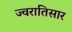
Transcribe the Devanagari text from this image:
ज्वरातिसार